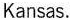
Kansas.